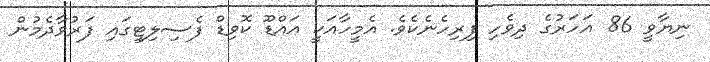
ނިޔާވީ 86 އަހަރުގެ ދިވެހި ފިރިހެނެކެވެ. އެމީހާއަކީ އައްޑޫ ކޮވިޑް ފެސިލިޓީގައި ފަރުވާދެމުން